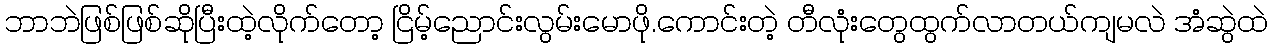
ဘာဘဲဖြစ်ဖြစ်ဆိုပြီးထဲ့လိုက်တော့ ငြိမ့်ညောင်းလွမ်းမောဖို.ကောင်းတဲ့ တီလုံးတွေထွက်လာတယ်ကျမလဲ အံဆွဲထဲ